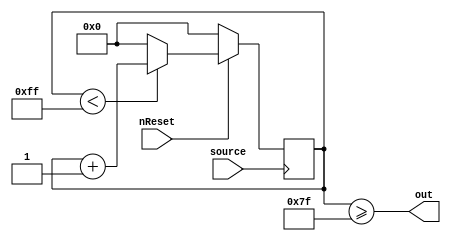
`timescale 1ns / 1ps
//////////////////////////////////////////////////////////////////////////////////
// Company: 
// Engineer: 
// 
// Design Name: 
// Module Name: Prescaler
// Project Name: 
// Target Devices: 
// Tool Versions: 
// Description: 
// 
// Dependencies: 
// 
// Revision:
// Revision 0.01 - File Created
// Additional Comments:
// 
//////////////////////////////////////////////////////////////////////////////////


module Prescaler(
    input nReset,
    input source,
    output out
    );
    
reg [7:0] counter;

assign out = (counter >= 8'h7F);

always @(negedge source)
begin
    if(~nReset)
    begin
        counter <= 8'h00;
    end
    else
    begin
        if(counter < 8'hFF)
        begin
            counter <= counter + 8'h01;
        end
        else
        begin
            counter <= 8'h00;
        end
    end
end

endmodule